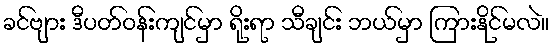
ခင်ဗျား ဒီပတ်ဝန်းကျင်မှာ ရိုးရာ သီချင်း ဘယ်မှာ ကြားနိုင်မလဲ။